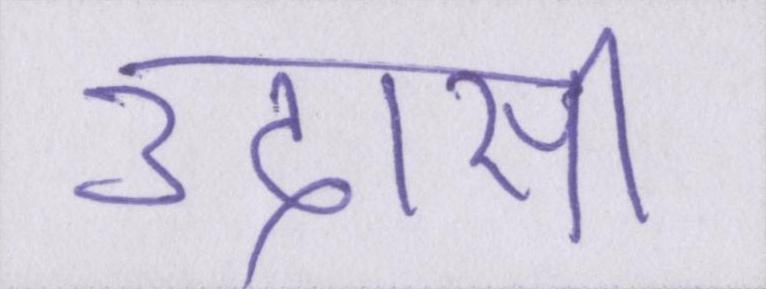
उदासी